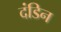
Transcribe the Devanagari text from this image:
दंडिन